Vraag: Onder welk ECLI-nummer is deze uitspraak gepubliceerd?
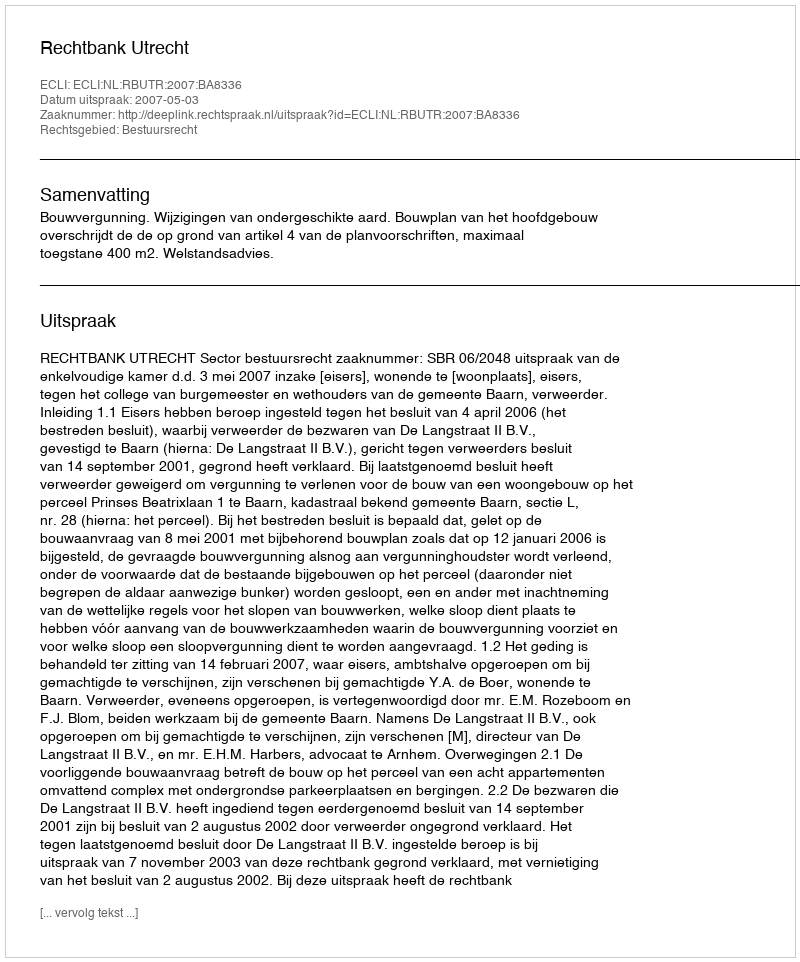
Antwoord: ECLI:NL:RBUTR:2007:BA8336